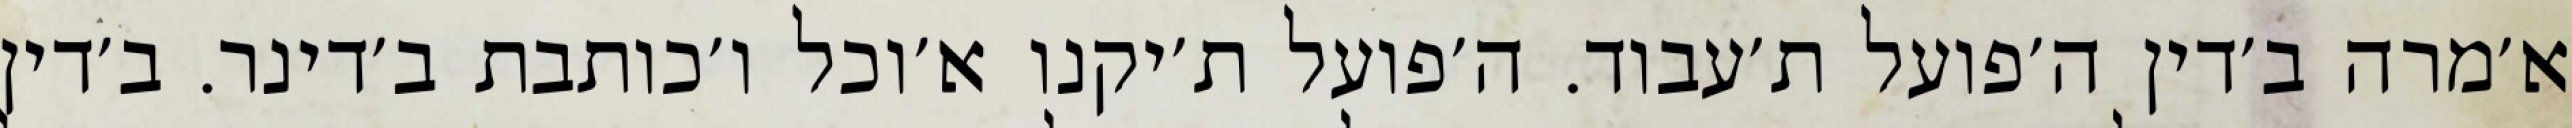
א׳מרה ב׳דין ה׳פועל ת׳עבוד. ה׳פועל ת׳יקנו א׳וכל ו׳כותבת ב׳דינר. ב׳דין